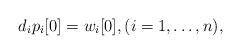
LaTeX: \begin{align*} d_ip_i[0] = w_i[0], (i=1,\dots,n), \end{align*}